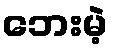
ဘေးမဲ့